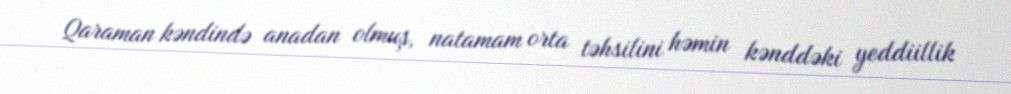
Qaraman kəndində anadan olmuş, natamam orta təhsilini həmin kənddəki yeddiillik